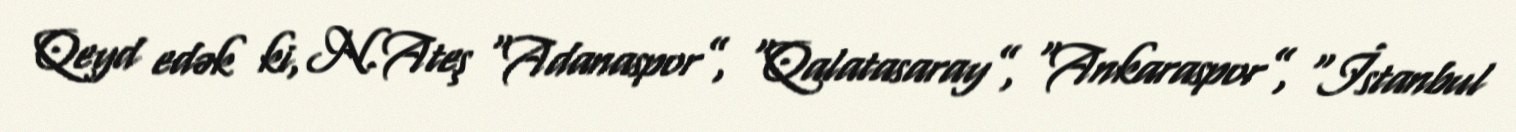
Qeyd edək ki, N.Ateş “Adanaspor”, “Qalatasaray”, “Ankaraspor”, “İstanbul